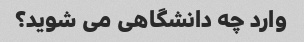
وارد چه دانشگاهی می شوید؟